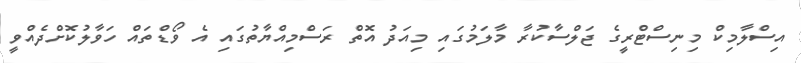
އިސްލާމިކް މިނިސްޓްރީގެ ޖަލްސާކުރާ މާލަމުގައި މިއަދު އޮތް ރަސްމިއްޔާތުގައި އެ ވޯޑްތައް ހަވާލުކޮށްދެއްވީ